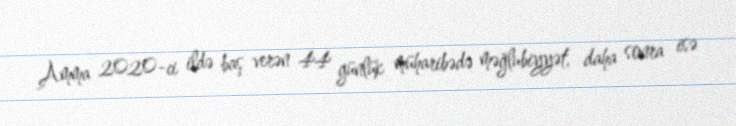
Amma 2020-ci ildə baş verən 44 günlük müharibədə məğlubiyyət, daha sonra isə